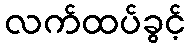
လက်ထပ်ခွင့်